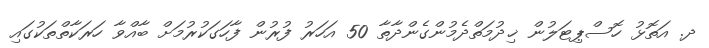
ދ. އަތޮޅު ހޮސްޕިޓަލުން ޚިދުމަތްދެމުންގެންދާތާ 50 އަހަރު ފުރުން ފާހަގަކުރުމަށް ބާއްވާ ހަރަކާތްތަކުގައި